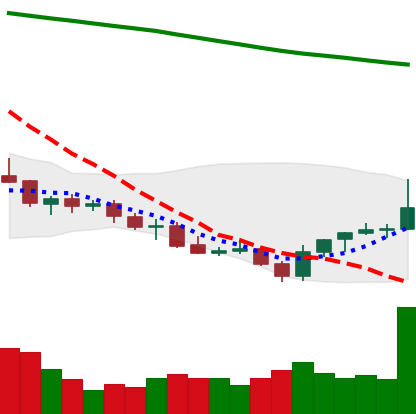
Ticker: LINK-USD
Chart end date: 2021-07-26
Forward return: 25.783%
Label: up_7plus